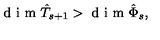
\textrm { d i m } \hat { T } _ { s + 1 } > \textrm { d i m } \hat { \Phi } _ { s } ,